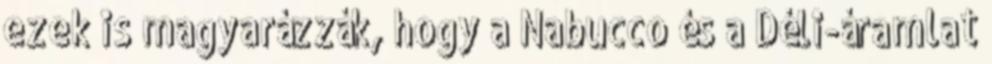
ezek is magyarázzák, hogy a Nabucco és a Déli-áramlat